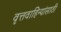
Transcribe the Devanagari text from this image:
वृत्तवाहिन्यांसाठी